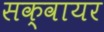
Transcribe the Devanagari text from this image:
सक्वायर